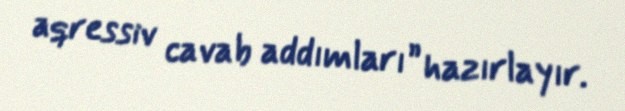
aqressiv cavab addımları” hazırlayır.